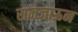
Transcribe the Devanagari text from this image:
समजाऊन